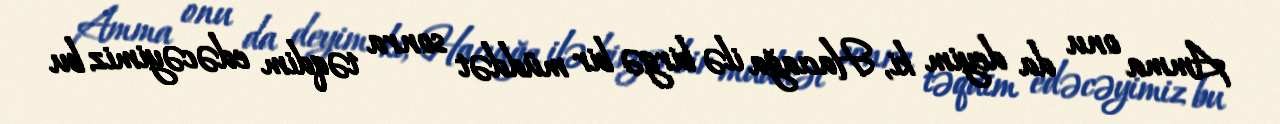
Amma onu da deyim ki, Hacıağa ilə birgə bir müddət sonra təqdim edəcəyimiz bu